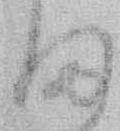
ま